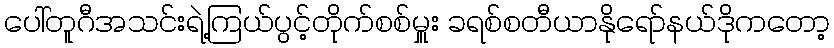
ပေါ်တူဂီအသင်းရဲ့ကြယ်ပွင့်တိုက်စစ်မှူး ခရစ်စတီယာနိုရော်နယ်ဒိုကတော့